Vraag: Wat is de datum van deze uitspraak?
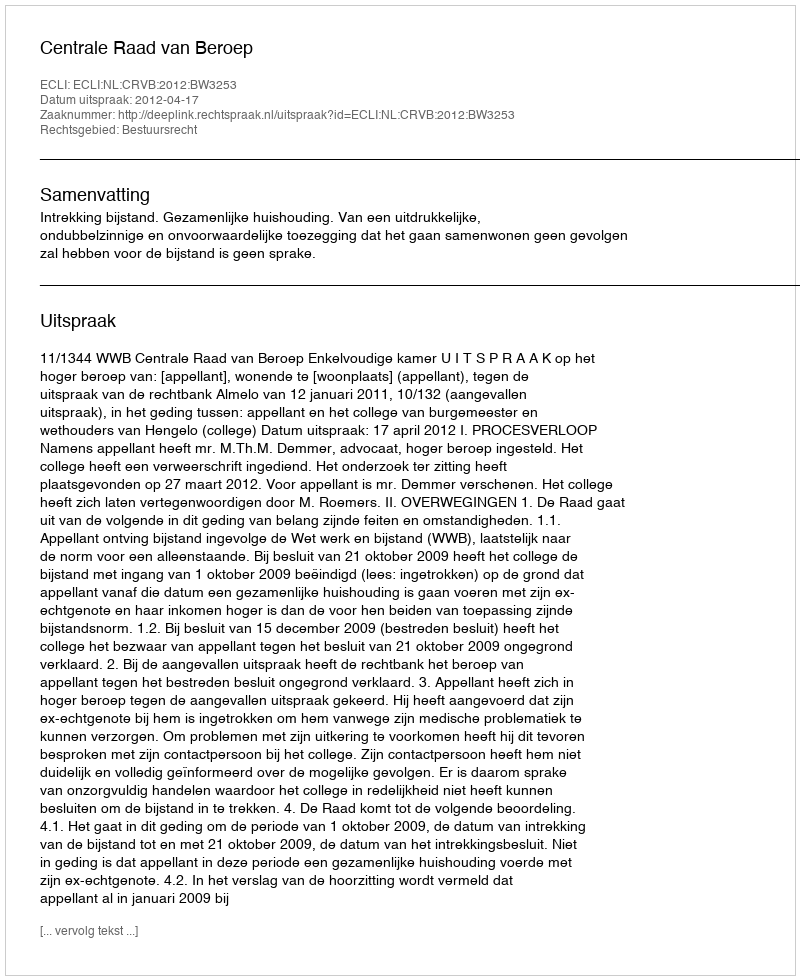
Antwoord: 2012-04-17